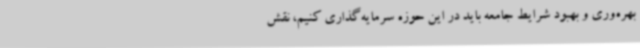
بهره‌وری و بهبود شرایط جامعه باید در این حوزه سرمایه‌گذاری کنیم، نقش